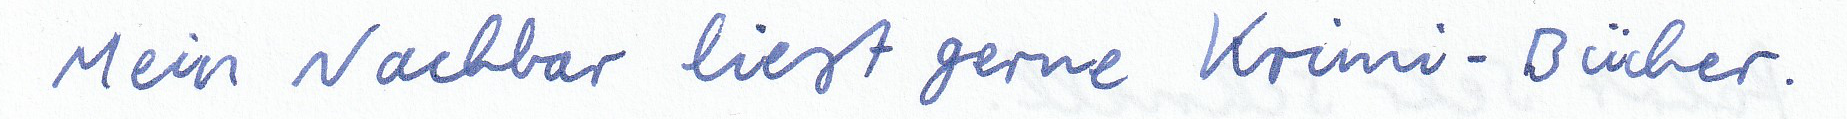
Mein Nachbar liest gerne Krimi-Bücher.